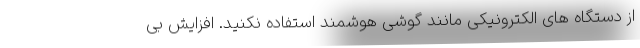
از دستگاه های الکترونیکی مانند گوشی هوشمند استفاده نکنید. افزایش بی